Indian journal of veterinary science and animal husbandry - Volumes 26-27, 1956-1957
Year: 1956
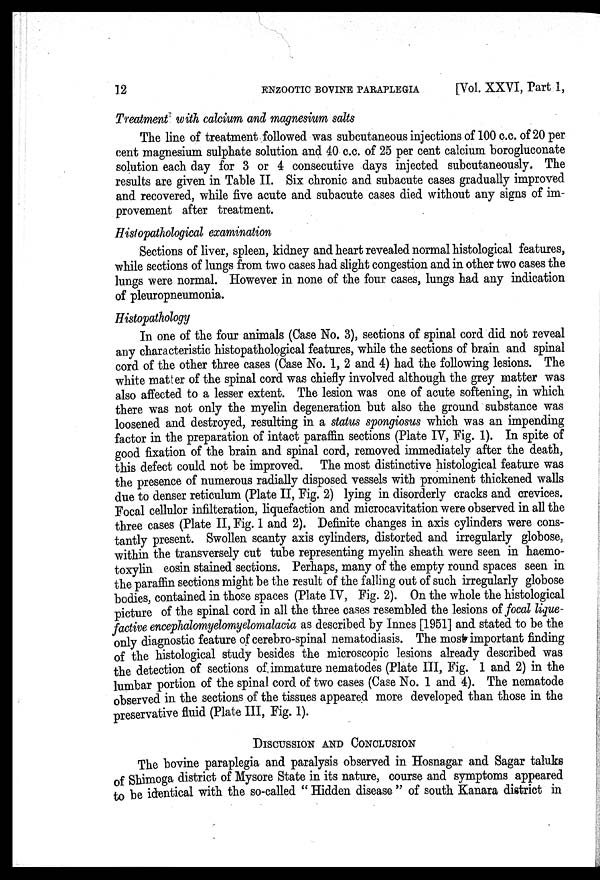
12
ENZOOTIC
BOVINE
PARAPLEGIA
[Vol. XXVI, Part I,
Treatment with calcium and magnesium salts
The line of treatment followed was subcutaneous injections of 100 c.c. of 20 per
cent magnesium sulphate solution and 40 c.c. of 25 per cent calcium borogluconate
solution each day for 3 or 4 consecutive days injected subcutaneously. The
results are given in Table II. Six chronic and subacute cases gradually improved
and recovered, while five acute and subacute cases died without any signs of im-
provement after treatment.
Histopathological examination
Sections of liver, spleen, kidney and heart revealed normal histological features,
while sections of lungs from two cases had slight congestion and in other two cases the
lungs were normal. However in none of the four cases, lungs had any indication
of pleuropneumonia.
Histopathology
In one of the four animals (Case No. 3), sections of spinal cord did not reveal
any characteristic histopathological features, while the sections of brain and spinal
cord of the other three cases (Case No. 1, 2 and 4) had the following lesions. The
white matter of the spinal cord was chiefly involved although the grey matter was
also affected to a lesser extent. The lesion was one of acute softening, in which
there was not only the myelin degeneration but also the ground substance was
loosened and destroyed, resulting in a status spongiosus which was an impending
factor in the preparation of intact paraffin sections (Plate IV, Fig. 1). In spite of
good fixation of the brain and spinal cord, removed immediately after the death,
this defect could not be improved. The most distinctive histological feature was
the presence of numerous radially disposed vessels with prominent thickened walls
due to denser reticulum (Plate II, Fig. 2) lying in disorderly cracks and crevices.
Focal cellulor infilteration, liquefaction and microcavitation were observed in all the
three cases (Plate II, Fig. 1 and 2). Definite changes in axis cylinders were cons-
tantly present. Swollen scanty axis cylinders, distorted and irregularly globose,
within the transversely cut tube representing myelin sheath were seen in haemo-
toxylin eosin stained sections. Perhaps, many of the empty round spaces seen in
the paraffin sections might be the result of the falling out of such irregularly globose
bodies, contained in those spaces (Plate IV, Fig. 2). On the whole the histological
picture of the spinal cord in all the three cases resembled the lesions of focal lique-
factive encephalomyelomyelomalacia as described by Innes [1951] and stated to be the
only diagnostic feature of cerebro-spinal nematodiasis. The most important finding
of the histological study besides the microscopic lesions already described was
the detection of sections of immature nematodes (Plate III, Fig. 1 and 2) in the
lumbar portion of the spinal cord of two cases (Case No. 1 and 4). The nematode
observed in the sections of the tissues appeared more developed than those in the
preservative fluid (Plate III, Fig. 1).
DISCUSSION AND CONCLUSION
The bovine paraplegia and paralysis observed in Hosnagar and Sagar taluks
of Shimoga district of Mysore State in its nature, course and symptoms appeared
to be identical with the so-called " Hidden disease " of south Kanara district in